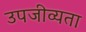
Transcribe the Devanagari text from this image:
उपजीव्यता